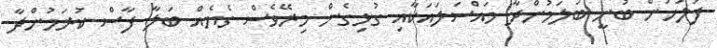
ފުލުހުން ބުނީ ބަލަމުންދާ މައްސަލައަކާއި ގުޅިގެން މިރޭވެސް ގެޔެއް ބަލާ ފާސް ކުރަމުންދާ